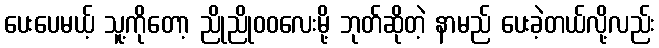
ပေးပေမယ့် သူ့ကိုတော့ ညိုညိုဝဝလေးမို့ ဘုတ်ဆိုတဲ့ နာမည် ပေးခဲ့တယ်လို့လည်း